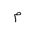
Letter: _mim